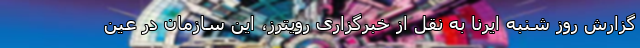
گزارش روز شنبه ایرنا به نقل از خبرگزاری رویترز، این سازمان در عین